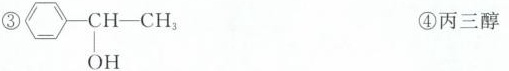
③ CH-OH-CH_{3} ④丙三醇OHA.只有① B.①和② C.①②③ D.①②③④